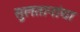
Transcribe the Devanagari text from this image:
सुलतानांचा